Problem: 17 + 30 = ?
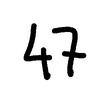
Handwritten answer: 47